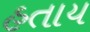
હતાય